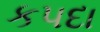
કપદા